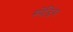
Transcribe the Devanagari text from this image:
स्पेंडिंग